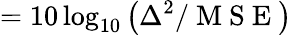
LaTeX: =10\log_{10}\left({\Delta^{2}}/{\mathrm{~M~S~E~}}\right)